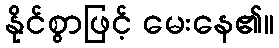
နိုင်စွာဖြင့် မေးနေ၏။